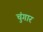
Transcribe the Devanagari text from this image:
चुंगार